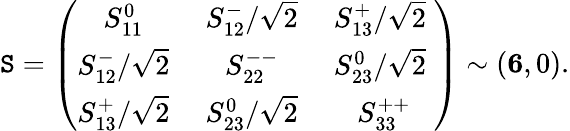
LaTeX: \mathtt{S}=\left(\begin{array}{ccc}{{S_{11}^{0}\; }}&{{S_{12}^{-}/\sqrt 2\; }}&{{S_{13}^{+}/\sqrt 2\; }}\\ {{S_{12}^{-}/\sqrt 2\; }}&{{S_{22}^{--}\; }}&{{S_{23}^{0}/\sqrt 2\; }}\\ {{S_{13}^{+}/\sqrt 2\; }}&{{S_{23}^{0}/\sqrt 2\; }}&{{S_{33}^{++}}}\end{array}\right)\sim({\mathbf{6}},0).